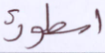
أسطورة